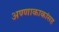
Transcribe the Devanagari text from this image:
अण्णाकाकांसह